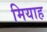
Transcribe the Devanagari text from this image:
मियाह